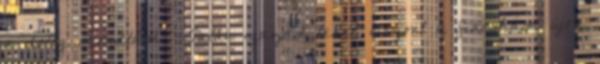
a dolog.-mondtam. -Talán igazad lehet, viszont a fiacskám újra